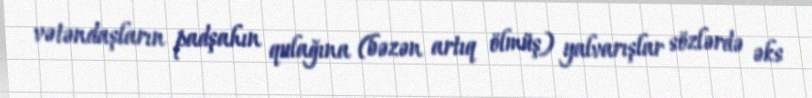
vətəndaşların padşahın qulağına (bəzən artıq ölmüş) yalvarışlar sözlərdə əks